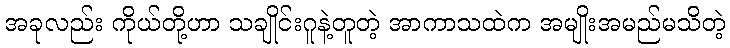
အခုလည်း ကိုယ်တို့ဟာ သချိုင်းဂူနဲ့တူတဲ့ အာကာသထဲက အမျိုးအမည်မသိတဲ့